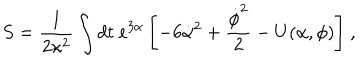
LaTeX: S = \frac { 1 } { 2 \kappa ^ { 2 } } \int { d t \ e ^ { 3 \alpha } \left[ - 6 \dot { \alpha } ^ { 2 } + \frac { \dot { \phi } ^ { 2 } } { 2 } - U ( \alpha , \phi ) \right] } \ ,